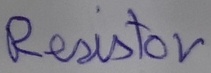
Text: Resistor